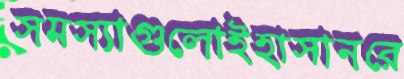
সমস্যাগুলোইহাসানরে